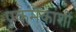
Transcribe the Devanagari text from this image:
एकमेकांशीं